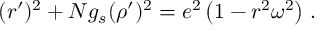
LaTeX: ( r ^ { \prime } ) ^ { 2 } + N g _ { s } ( \rho ^ { \prime } ) ^ { 2 } = e ^ { 2 } \left( 1 - r ^ { 2 } \omega ^ { 2 } \right) \, .